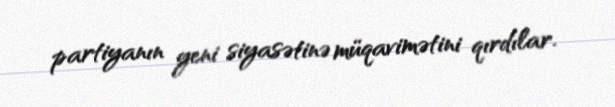
partiyanın yeni siyasətinə müqavimətini qırdılar.